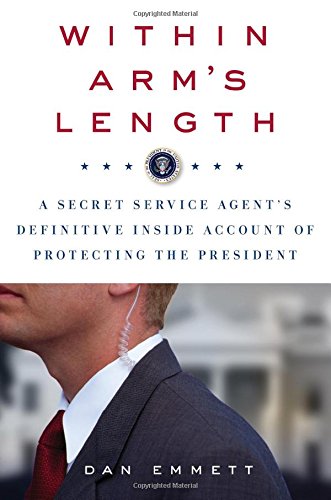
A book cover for Within Arm's Length: A Secret Service Agent's Definitive Inside Account of Protecting the President; Dan Emmett; Biographies & Memoirs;